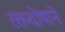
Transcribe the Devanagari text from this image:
रक्तदोषाने